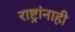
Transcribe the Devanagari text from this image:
राष्ट्रांनाही